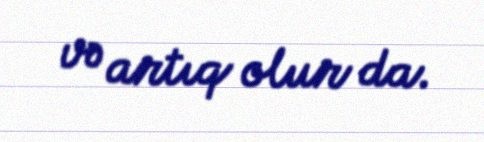
və artıq olur da.